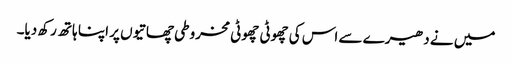
میں نے دھیرے سے اس کی چھوٹی چھوٹی مخروطی چھاتیوں پر اپنا ہاتھ رکھ دیا۔